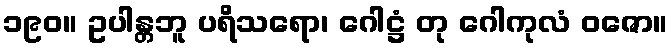
၁၉၀။ ဥပါန္တဘူ ပရိသရော၊ ဂေါဋ္ဌံ တု ဂေါကုလံ ဝဇော။